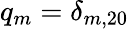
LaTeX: q_{m}=\delta_{m,20}